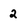
Character: 2